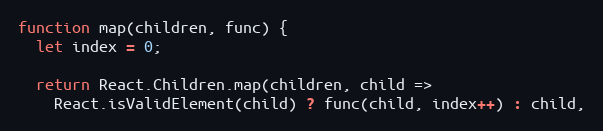
Language: JavaScript
function map(children, func) {
  let index = 0;

  return React.Children.map(children, child =>
    React.isValidElement(child) ? func(child, index++) : child,